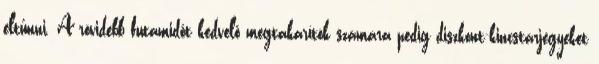
eltűnni. A rövidebb futamidőt kedvelő megtakarítók számára pedig diszkont-kincstárjegyeket